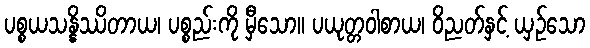
ပစ္စယသန္နိဿိတာယ၊ ပစ္စည်းကို မှီသော။ ပယုတ္တဝါစာယ၊ ဝိညတ်နှင့် ယှဉ်သော